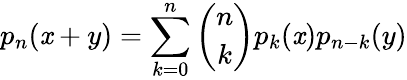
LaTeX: p_{n}(\mathit{x}+y)=\sum_{k=0}^{n}{\binom{n}{k}}p_{k}(\mathit{x})p_{n-k}(y)